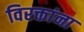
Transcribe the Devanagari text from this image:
विरक्तांना